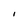
Character: l